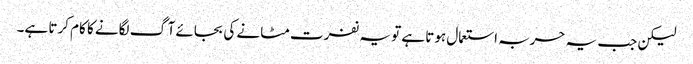
لیکن جب یہ حربہ استعمال ہوتا ہے تو یہ نفرت مٹانے کی بجائے آگ لگانے کا کام کرتا ہے۔